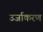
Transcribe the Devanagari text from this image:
उर्जाकरण